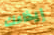
إيذاءك